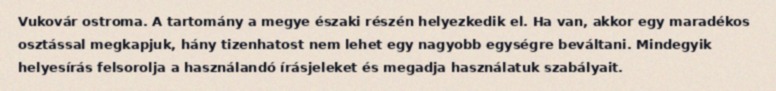
Vukovár ostroma. A tartomány a megye északi részén helyezkedik el. Ha van, akkor egy maradékos osztással megkapjuk, hány tizenhatost nem lehet egy nagyobb egységre beváltani. Mindegyik helyesírás felsorolja a használandó írásjeleket és megadja használatuk szabályait.